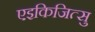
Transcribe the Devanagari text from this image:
एइकिजित्सु